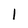
Character: l